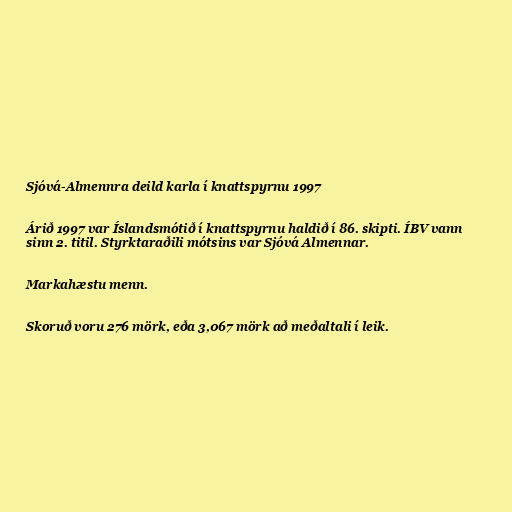
Sjóvá-Almennra deild karla í knattspyrnu 1997

Árið 1997 var Íslandsmótið í knattspyrnu haldið í 86. skipti. ÍBV vann
sinn 2. titil. Styrktaraðili mótsins var Sjóvá Almennar.

Markahæstu menn.

Skoruð voru 276 mörk, eða 3,067 mörk að meðaltali í leik.